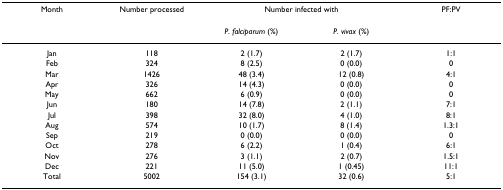
<table><thead><tr><td><b>Month</b></td><td><b>Number processed</b></td><td colspan="2"><b>Number infected with</b></td><td><b>PF:PV</b></td></tr><tr><td></td><td></td><td><b><i>P. falciparum </i>(%)</b></td><td><b><i>P. vivax </i>(%)</b></td><td></td></tr></thead><tbody><tr><td>Jan</td><td>118</td><td>2 (1.7)</td><td>2 (1.7)</td><td>1:1</td></tr><tr><td>Feb</td><td>324</td><td>8 (2.5)</td><td>0 (0.0)</td><td>0</td></tr><tr><td>Mar</td><td>1426</td><td>48 (3.4)</td><td>12 (0.8)</td><td>4:1</td></tr><tr><td>Apr</td><td>326</td><td>14 (4.3)</td><td>0 (0.0)</td><td>0</td></tr><tr><td>May</td><td>662</td><td>6 (0.9)</td><td>0 (0.0)</td><td>0</td></tr><tr><td>Jun</td><td>180</td><td>14 (7.8)</td><td>2 (1.1)</td><td>7:1</td></tr><tr><td>Jul</td><td>398</td><td>32 (8.0)</td><td>4 (1.0)</td><td>8:1</td></tr><tr><td>Aug</td><td>574</td><td>10 (1.7)</td><td>8 (1.4)</td><td>1.3:1</td></tr><tr><td>Sep</td><td>219</td><td>0 (0.0)</td><td>0 (0.0)</td><td>0</td></tr><tr><td>Oct</td><td>278</td><td>6 (2.2)</td><td>1 (0.4)</td><td>6:1</td></tr><tr><td>Nov</td><td>276</td><td>3 (1.1)</td><td>2 (0.7)</td><td>1.5:1</td></tr><tr><td>Dec</td><td>221</td><td>11 (5.0)</td><td>1 (0.45)</td><td>11:1</td></tr><tr><td>Total</td><td>5002</td><td>154 (3.1)</td><td>32 (0.6)</td><td>5:1</td></tr></tbody></table>